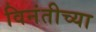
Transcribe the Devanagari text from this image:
विनंतीच्या